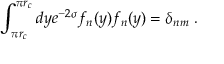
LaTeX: \int _ { \pi r _ { c } } ^ { \pi r _ { c } } d y e ^ { - 2 \sigma } f _ { n } ( y ) f _ { n } ( y ) = \delta _ { n m } \; .